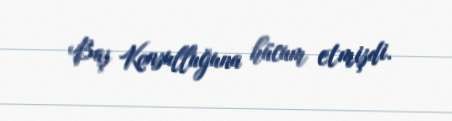
Baş Konsulluğuna hücum etmişdi.